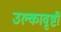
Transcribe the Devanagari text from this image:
उल्कावृष्टी